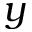
y